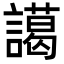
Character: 譪